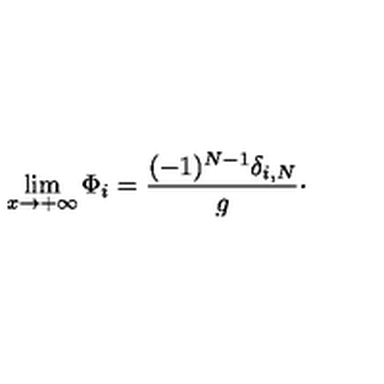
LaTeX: \lim _ { x \rightarrow + \infty } \Phi _ { i } = { \frac { ( - 1 ) ^ { N - 1 } \delta _ { i , N } } { g } } \cdotp